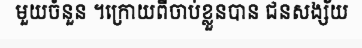
មួយចំនួន ។ក្រោយពីចាប់ខ្លួនបាន ជនសង្ស័យ